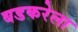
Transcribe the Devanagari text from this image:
बडकरेला